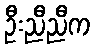
ဦးညီညီက